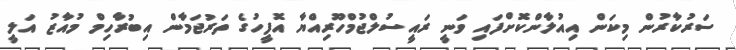
ސަރުކާރުން މިކަން އިއުލާންކޮށްފައި ވަނީ ރައީސުލްޖުމްހޫރިއްޔާ އޮފީހުގެ ތަރުޖަމާން އިބުރާހިމް މުއާޒު އަލީ